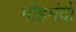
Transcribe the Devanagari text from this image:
मोहमंदों